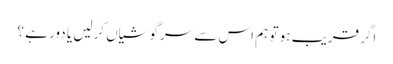
اگر قریب ہو تو ہم اس سے سرگوشیاں کرلیں یا دور ہے ؟